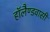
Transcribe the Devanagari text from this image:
हॉलैण्डवासी